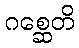
ဂစ္ဆေတိ